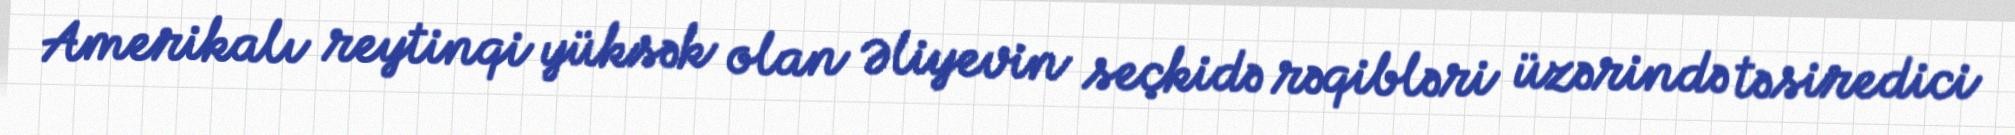
Amerikalı reytinqi yüksək olan Əliyevin seçkidə rəqibləri üzərində təsiredici